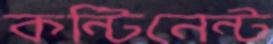
কন্টিনেন্ট